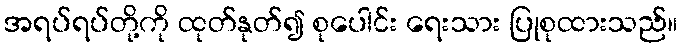
အရပ်ရပ်တို့ကို ထုတ်နုတ်၍ စုပေါင်း ရေးသား ပြုစုထားသည်။